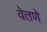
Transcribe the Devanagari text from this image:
वेतणे